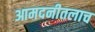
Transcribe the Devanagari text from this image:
आमदनीतलाच